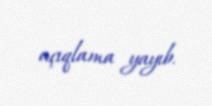
açıqlama yayıb.